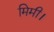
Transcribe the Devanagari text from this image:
मिमी।